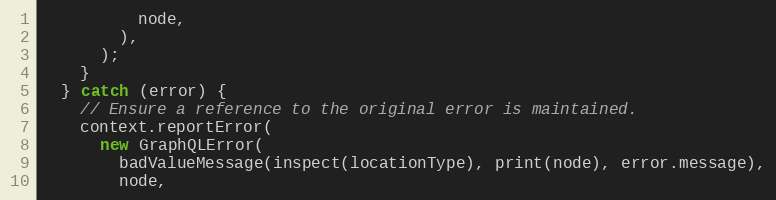
Language: JavaScript
          node,
        ),
      );
    }
  } catch (error) {
    // Ensure a reference to the original error is maintained.
    context.reportError(
      new GraphQLError(
        badValueMessage(inspect(locationType), print(node), error.message),
        node,